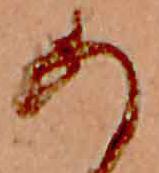
あ